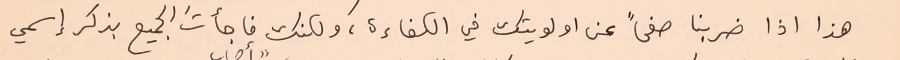
هذا اذا ضربنا صفحاً عن اولويتك في الكفاءة، ولكنك فاجأتَ الجميع بذكر إسمي